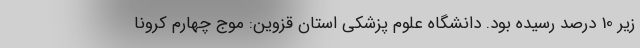
زیر 10 درصد رسیده بود. دانشگاه علوم پزشکی استان قزوین: موج چهارم کرونا